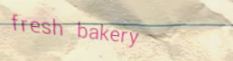
fresh bakery